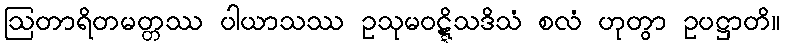
ဩတာရိတမတ္တဿ ပါယာသဿ ဥသုမဝဋ္ဋိသဒိသံ စလံ ဟုတွာ ဥပဋ္ဌာတိ။